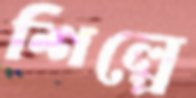
শিল্পে